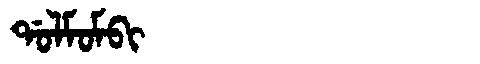
Manchu: ᡩᠣᠯᠮᠣᠮᠪᡳ
Romanization: DOLMOMBI